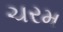
ચરમ